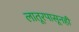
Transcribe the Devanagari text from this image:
लातूरपासूनही